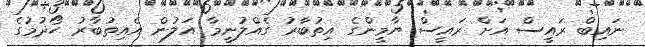
ނައިބް ރަައީސް އަށް ރައީސް ޔާމީންގެ އިތުބާރު ގެއްލުނީމާ އަލުން އެއިތުބާރު ހޯދުމުގެ